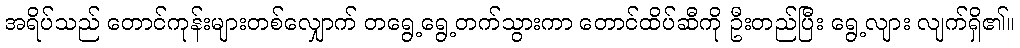
အရိပ်သည် တောင်ကုန်းများတစ်လျှောက် တရွေ့ရွေ့တက်သွားကာ တောင်ထိပ်ဆီကို ဦးတည်ပြီး ရွေ့လျား လျက်ရှိ၏။